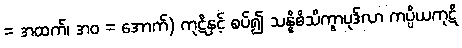
= အထက်၊ အဝ = အောက်) ကုဋိနှင့် စပ်၍ သန္နိဓိသိက္ခာပုဒ်လာ ကပ္ပိယကုဋိ